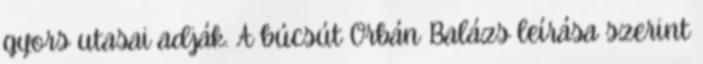
gyors utasai adják. A búcsút Orbán Balázs leírása szerint